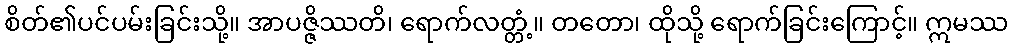
စိတ်၏ပင်ပမ်းခြင်းသို့။ အာပဇ္ဇိဿတိ၊ ရောက်လတ္တံ့။ တတော၊ ထိုသို့ ရောက်ခြင်းကြောင့်။ ဣမဿ